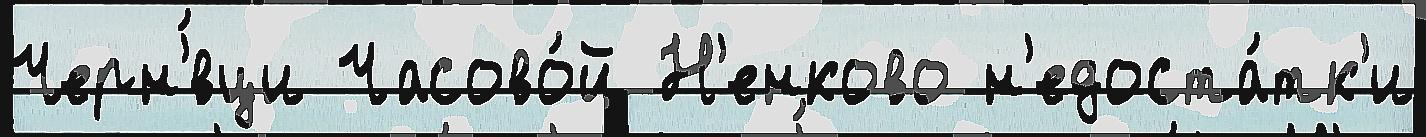
Черн'́вци Часово́й Н'енково н'едоста́тк'и